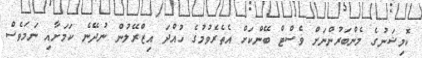
ކޮމިޝަނުގެ މެންބަރުންނަށް ވެސްޓް ބޭންކަށް އެތެރެވުމުގެ ހުއްދަ އިޒްރޭލުން ނުދޭނެ ކަމަށާއި ނަމަވެސް